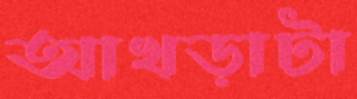
আখড়াটা